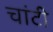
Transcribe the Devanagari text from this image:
चांटी